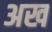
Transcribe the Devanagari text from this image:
अख